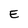
Character: E